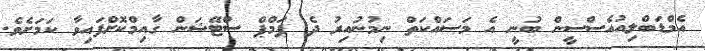
އެމްޑަބްލިއުއެސްސީން ބުނީ އެ މަސައްކަތް ނިމުނުއިރު ދެ ޕަމްޕް ސްޓޭޝަން ގާއިމްކޮށްފައިވާ ކަމަށެވެ.